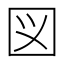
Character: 図